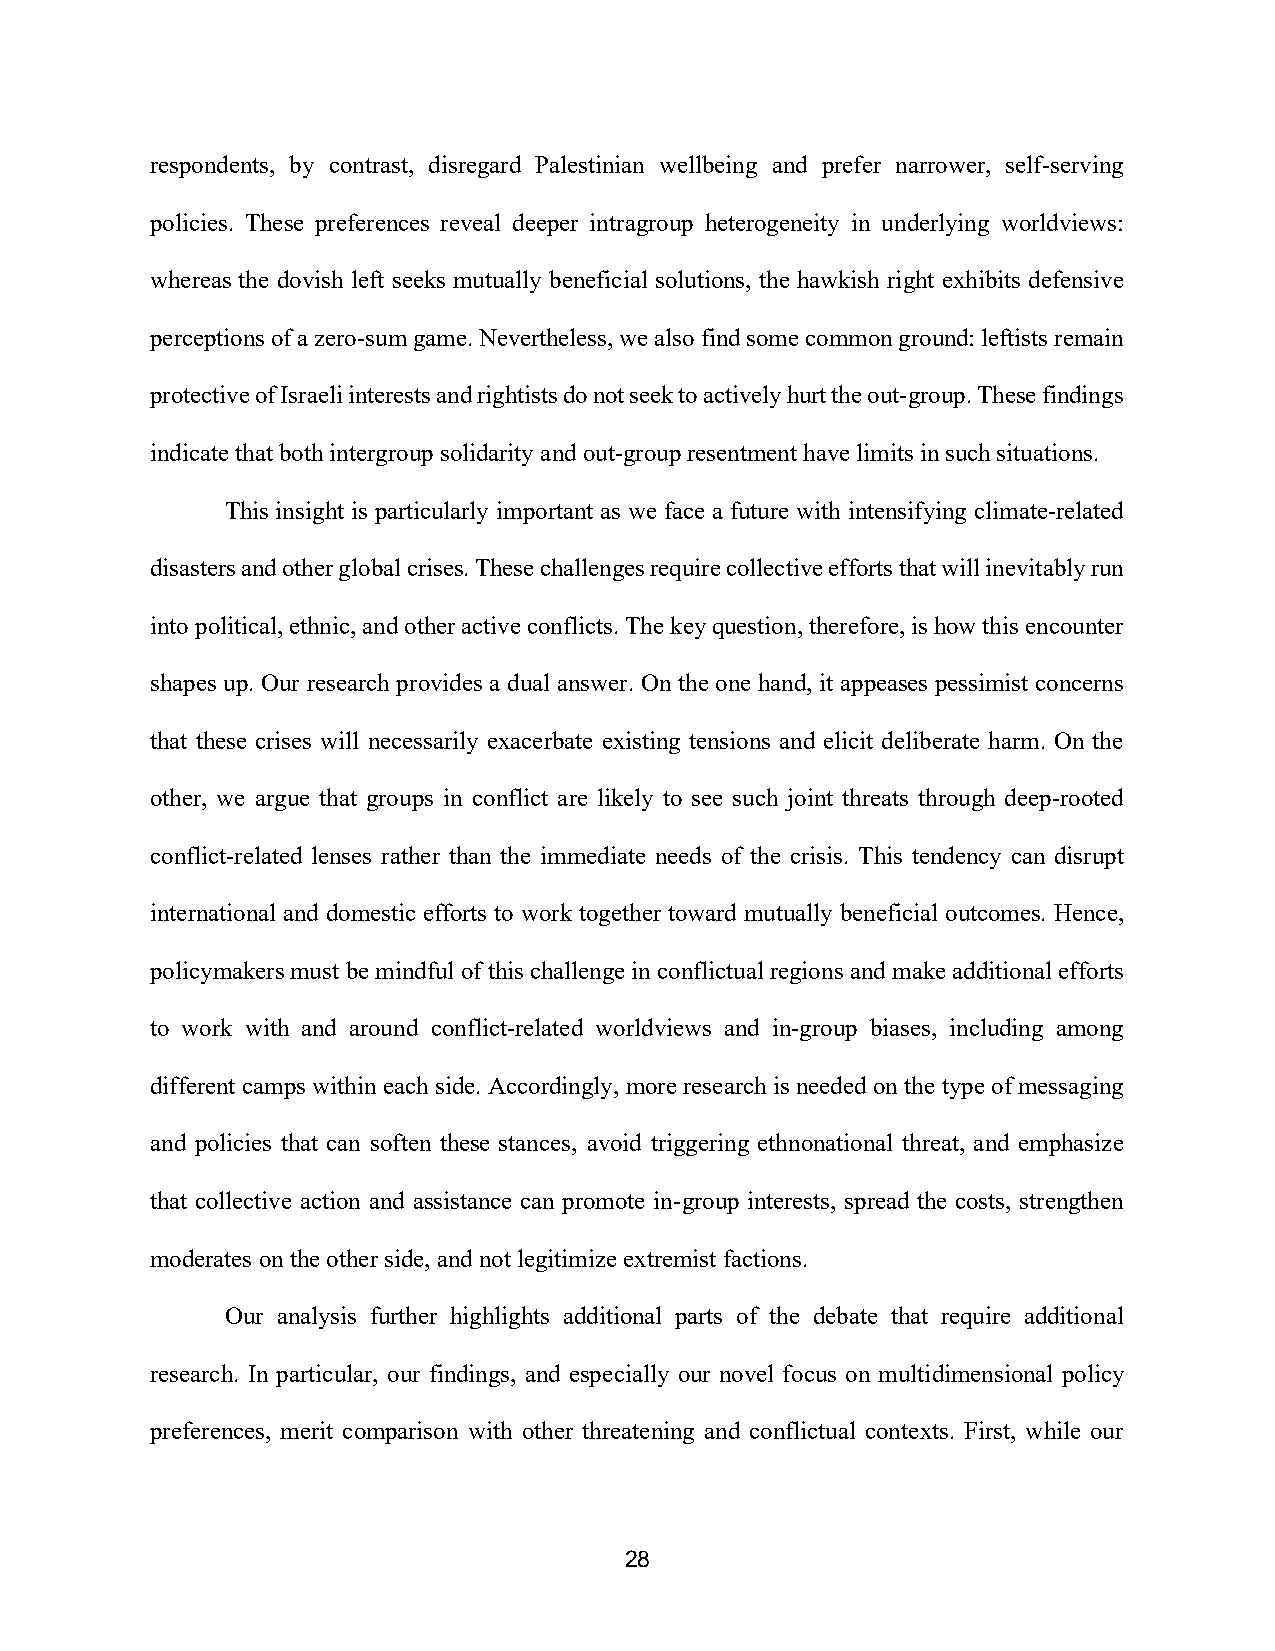
respondents, by contrast, disregard Palestinian wellbeing and prefer narrower, self-serving
 policies. These preferences reveal deeper intragroup heterogeneity in underlying worldviews:
 whereas the dovish left seeks mutually beneficial solutions, the hawkish right exhibits defensive
 perceptions of a zero-sum game. Nevertheless, we also find some common ground: leftists remain
 protective of Israeli interests and rightists do not seek to actively hurt the out-group. These findings
 indicate that both intergroup solidarity and out-group resentment have limits in such situations.
 This insight is particularly important as we face a future with intensifying climate-related
 disasters and other global crises. These challenges require collective efforts that will inevitably run
 into political, ethnic, and other active conflicts. The key question, therefore, is how this encounter
 shapes up. Our research provides a dual answer. On the one hand, it appeases pessimist concerns
 that these crises will necessarily exacerbate existing tensions and elicit deliberate harm. On the
 other, we argue that groups in conflict are likely to see such joint threats through deep-rooted
 conflict-related lenses rather than the immediate needs of the crisis. This tendency can disrupt
 international and domestic efforts to work together toward mutually beneficial outcomes. Hence,
 policymakers must be mindful of this challenge in conflictual regions and make additional efforts
 to work with and around conflict-related worldviews and in-group biases, including among
 different camps within each side. Accordingly, more research is needed on the type of messaging
 and policies that can soften these stances, avoid triggering ethnonational threat, and emphasize
 that collective action and assistance can promote in-group interests, spread the costs, strengthen
 moderates on the other side, and not legitimize extremist factions.
 Our analysis further highlights additional parts of the debate that require additional
 research. In particular, our findings, and especially our novel focus on multidimensional policy
 preferences, merit comparison with other threatening and conflictual contexts. First, while our
 28